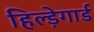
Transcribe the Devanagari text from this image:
हिल्ड़ेगार्ड